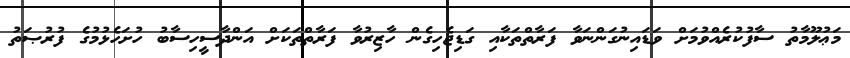
މަޢުުލޫމާތު ސާފުކުރެއްވުމަށް ވަޑައިނުގަންނަވާ ފަރާތްތަކާއި ގަޑިޖެހިގެން ހާޒިރުވާ ފަރާތްތަކަށް އަންދާސީހިސާބު ހުށަހެޅުމުގެ ފުރުޞަތު